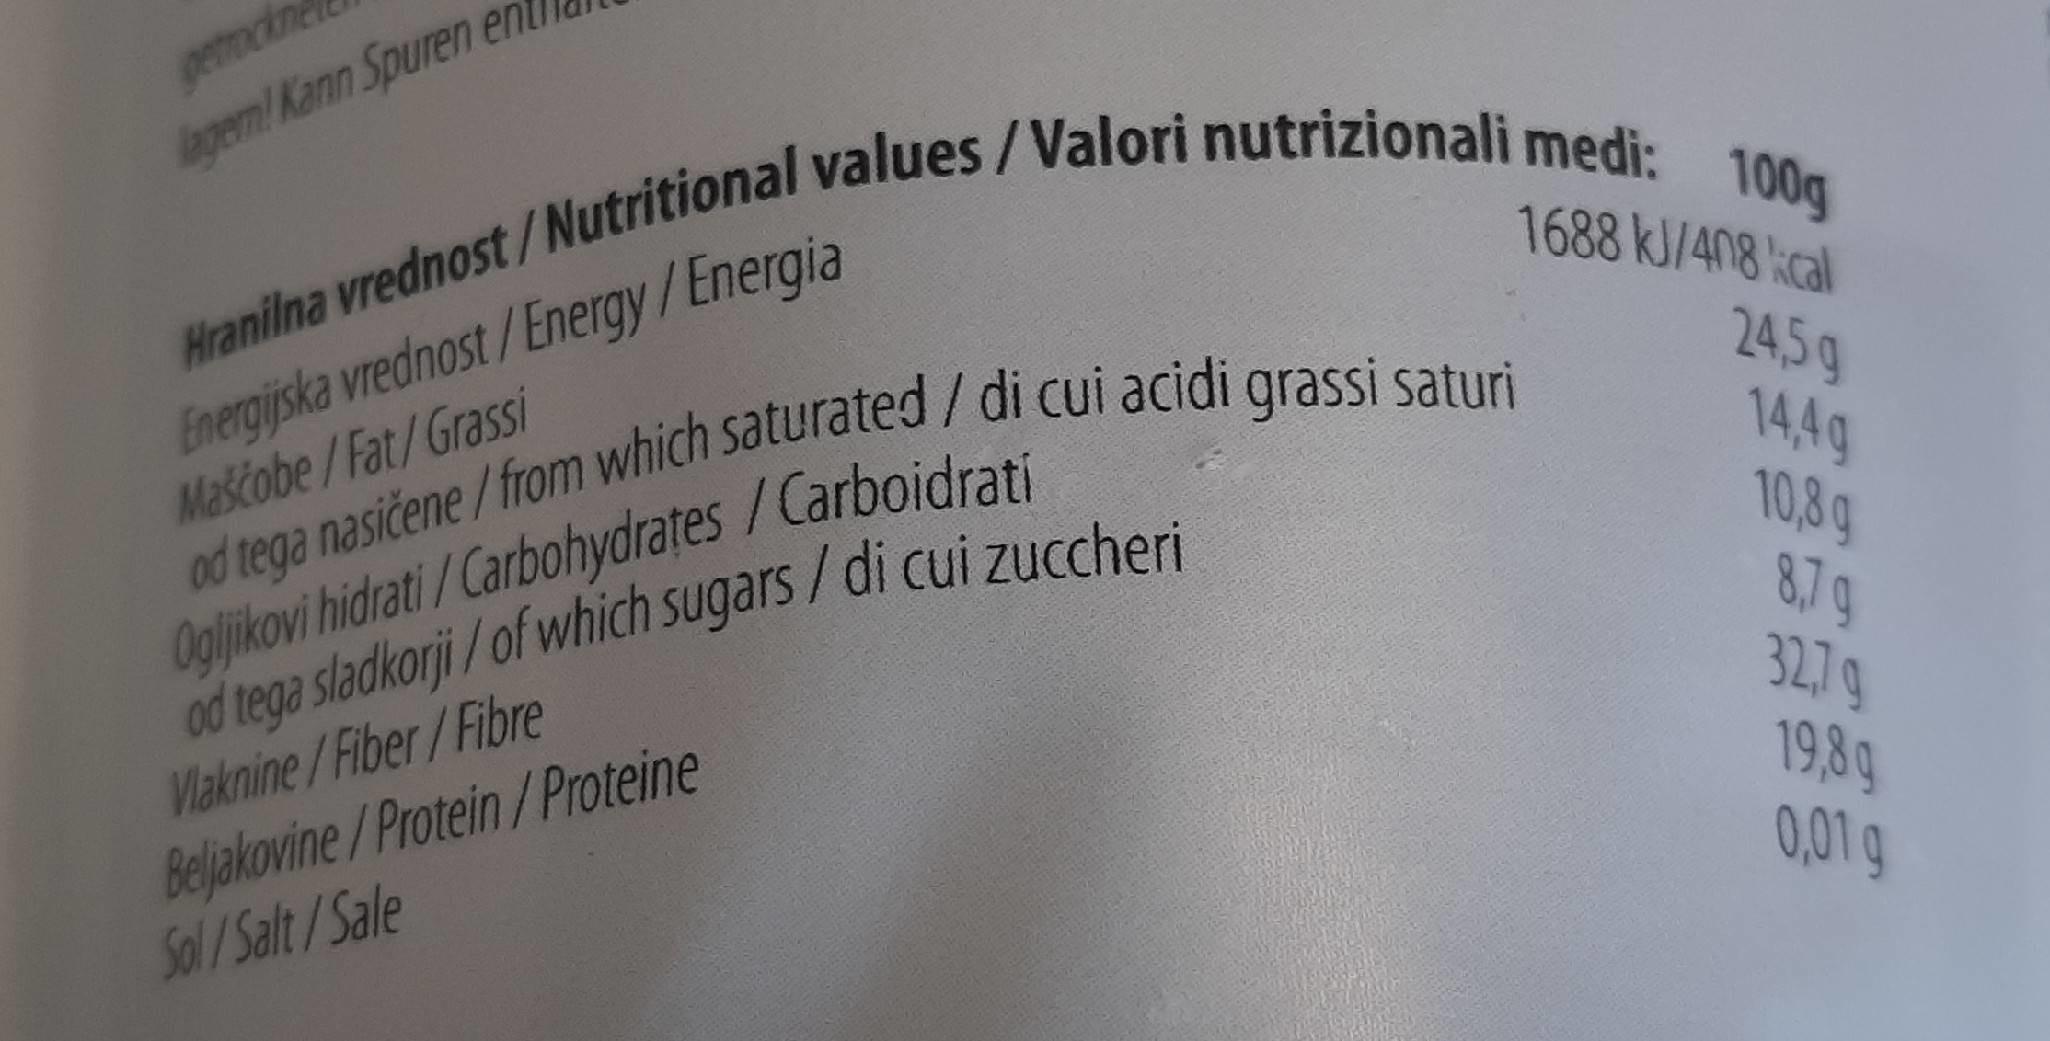
getrockn
lagem/ Kann Spuren en
Hranilna vrednost/Nutritional values/Valori nutrizionali medi: 100g
Energijska vrednost /Energy/Energia Maščobe/Fat/Grassi
1688 kJ/408 kcal
24,5g 14,4g 10,8g 8,7g 327g 19,8g 0,01 g
Ogljikovi hidrati / Carbohydrates /Carboidrati od tega sladkorji / of which sugars/di cui zuccheri
od tega nasičene/from which saturated/ di cui acidi grassi saturi
Vlaknine/Fiber/Fibre Beljakovine/Protein/Proteine Sol/ Salt/Sale